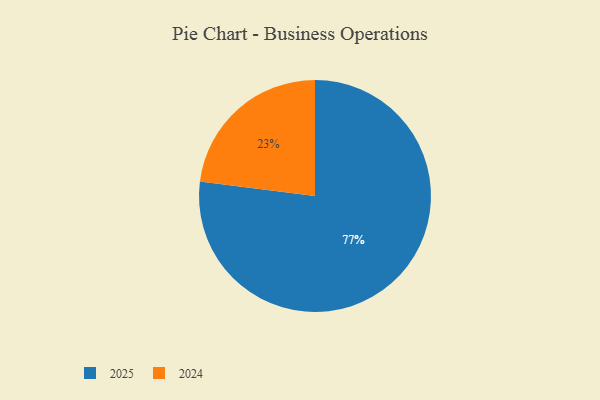
{"axis": {"x": "Category", "y": "Percentage"}, "legend": ["2024", "2025"], "data": [{"x": "2025", "y": 77, "type": "2025"}, {"x": "2024", "y": 23, "type": "2024"}]}